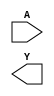
module sky130_fd_sc_hs__clkdlyinv3sd3 (
    //# {{data|Data Signals}}
    input  A,
    output Y
);

    // Voltage supply signals
    supply1 VPWR;
    supply0 VGND;

endmodule